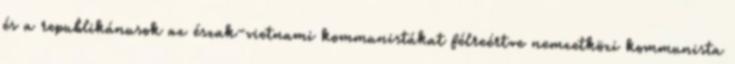
és a republikánusok az észak-vietnami kommunistákat félreértve nemzetközi kommunista